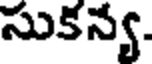
సుకన్య.